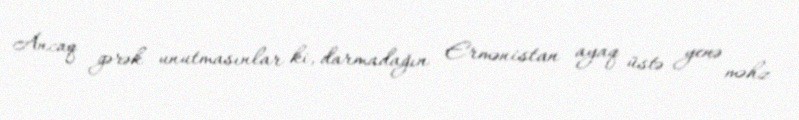
Ancaq gərək unutmasınlar ki, darmadağın Ermənistan ayaq üstə yenə məhz